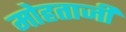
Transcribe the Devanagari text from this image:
मोहताजी